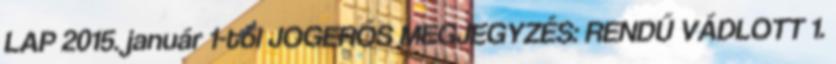
LAP 2015. január 1-től JOGERŐS MEGJEGYZÉS: RENDŰ VÁDLOTT 1.